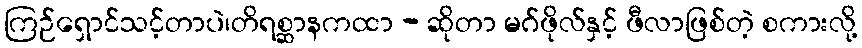
ကြဉ်ရှောင်သင့်တာပဲ၊တိရစ္ဆာနကထာ - ဆိုတာ မဂ်ဖိုလ်နှင့် ဖီလာဖြစ်တဲ့ စကားလို့